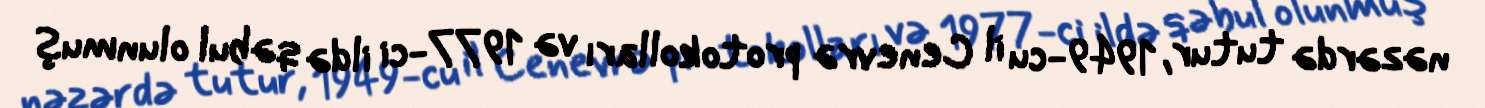
nəzərdə tutur, 1949-cu il Cenevrə protokolları və 1977-ci ildə qəbul olunmuş